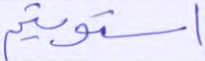
استويتم